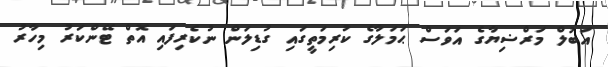
އަބުލް މަރްޟިޔާގެ އަވަސް ޙަމަލާގެ ކުރިމަތީގައި ގުޑިލަން ނުކެރިފައި އޮތް ޓޭންކަރު މިހާރު